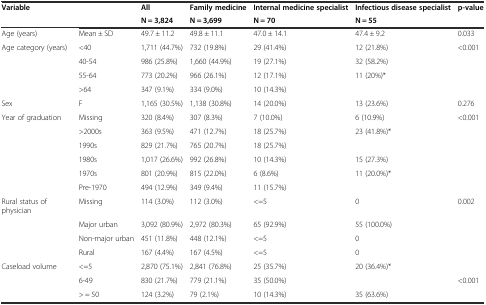
<table><thead><tr><td><b>Variable</b></td><td></td><td><b>All</b></td><td><b>Family medicine</b></td><td><b>Internal medicine specialist</b></td><td><b>Infectious disease specialist</b></td><td><b>p-value</b></td></tr><tr><td></td><td></td><td><b>N = 3,824</b></td><td><b>N = 3,699</b></td><td><b>N = 70</b></td><td><b>N = 55</b></td><td></td></tr></thead><tbody><tr><td>Age (years)</td><td>Mean ± SD</td><td>49.7 ± 11.2</td><td>49.8 ± 11.1</td><td>47.0 ± 14.1</td><td>47.4 ± 9.2</td><td>0.033</td></tr><tr><td>Age category (years)</td><td>&lt;40</td><td>1,711 (44.7%)</td><td>732 (19.8%)</td><td>29 (41.4%)</td><td>12 (21.8%)</td><td>&lt;0.001</td></tr><tr><td></td><td>40-54</td><td>986 (25.8%)</td><td>1,660 (44.9%)</td><td>19 (27.1%)</td><td>32 (58.2%)</td><td></td></tr><tr><td></td><td>55-64</td><td>773 (20.2%)</td><td>966 (26.1%)</td><td>12 (17.1%)</td><td>11 (20%)*</td><td></td></tr><tr><td></td><td>&gt;64</td><td>347 (9.1%)</td><td>334 (9.0%)</td><td>10 (14.3%)</td><td></td><td></td></tr><tr><td>Sex</td><td>F</td><td>1,165 (30.5%)</td><td>1,138 (30.8%)</td><td>14 (20.0%)</td><td>13 (23.6%)</td><td>0.276</td></tr><tr><td>Year of graduation</td><td>Missing</td><td>320 (8.4%)</td><td>307 (8.3%)</td><td>7 (10.0%)</td><td>6 (10.9%)</td><td>&lt;0.001</td></tr><tr><td></td><td>&gt;2000s</td><td>363 (9.5%)</td><td>471 (12.7%)</td><td>18 (25.7%)</td><td rowspan="2">23 (41.8%)*</td><td></td></tr><tr><td></td><td>1990s</td><td>829 (21.7%)</td><td>765 (20.7%)</td><td>18 (25.7%)</td><td></td></tr><tr><td></td><td>1980s</td><td>1,017 (26.6%)</td><td>992 (26.8%)</td><td>10 (14.3%)</td><td>15 (27.3%)</td><td></td></tr><tr><td></td><td>1970s</td><td>801 (20.9%)</td><td>815 (22.0%)</td><td>6 (8.6%)</td><td rowspan="2">11 (20.0%)*</td><td></td></tr><tr><td></td><td>Pre-1970</td><td>494 (12.9%)</td><td>349 (9.4%)</td><td>11 (15.7%)</td><td></td></tr><tr><td>Rural status of physician</td><td>Missing</td><td>114 (3.0%)</td><td>112 (3.0%)</td><td>&lt;=5</td><td>0</td><td>0.002</td></tr><tr><td></td><td>Major urban</td><td>3,092 (80.9%)</td><td>2,972 (80.3%)</td><td>65 (92.9%)</td><td>55 (100.0%)</td><td></td></tr><tr><td></td><td>Non-major urban</td><td>451 (11.8%)</td><td>448 (12.1%)</td><td>&lt;=5</td><td>0</td><td></td></tr><tr><td></td><td>Rural</td><td>167 (4.4%)</td><td>167 (4.5%)</td><td>&lt;=5</td><td>0</td><td></td></tr><tr><td>Caseload volume</td><td>&lt;=5</td><td>2,870 (75.1%)</td><td>2,841 (76.8%)</td><td>25 (35.7%)</td><td rowspan="2">20 (36.4%)*</td><td></td></tr><tr><td></td><td>6-49</td><td>830 (21.7%)</td><td>779 (21.1%)</td><td>35 (50.0%)</td><td>&lt;0.001</td></tr><tr><td></td><td>&gt; = 50</td><td>124 (3.2%)</td><td>79 (2.1%)</td><td>10 (14.3%)</td><td>35 (63.6%)</td><td></td></tr></tbody></table>